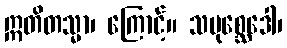
ဣတိတသ္မာ၊ ကြောင့်။ သမုစ္ဆေဒေါ၊